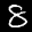
Label: 8